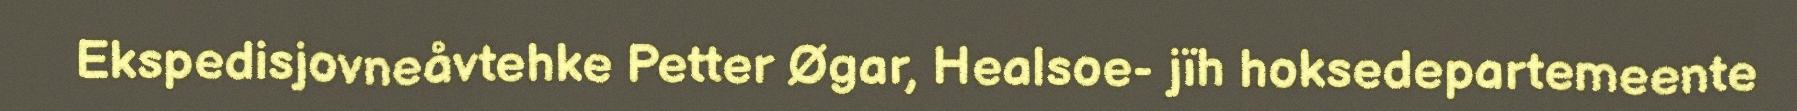
Ekspedisjovneåvtehke Petter Øgar, Healsoe- jïh hoksedepartemeente